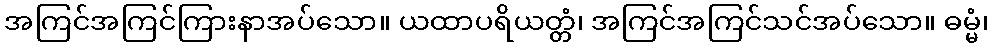
အကြင်အကြင်ကြားနာအပ်သော။ ယထာပရိယတ္တံ၊ အကြင်အကြင်သင်အပ်သော။ ဓမ္မံ၊